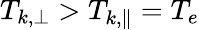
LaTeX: T_{k,\perp}>T_{k,\parallel}=T_{e}